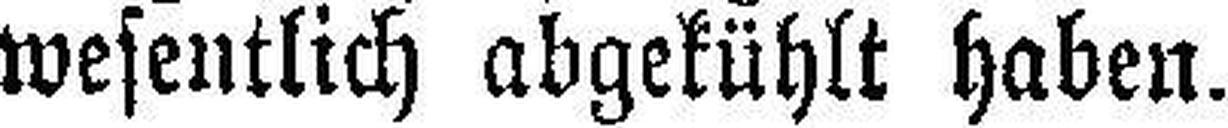
wesentlich abgekühlt haben.